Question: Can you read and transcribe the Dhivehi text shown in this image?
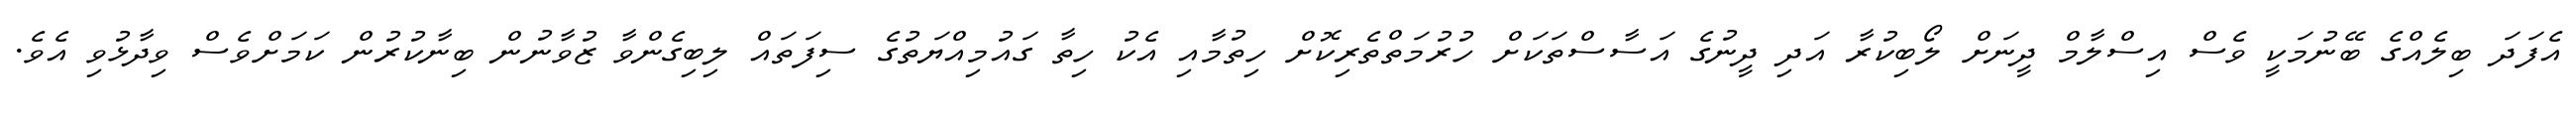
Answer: އެފަދަ ބިލެއްގެ ބޭނުމަކީ ވެސް އިސްލާމް ދީނަށް ލޯބިކުރާ އަދި ދީނުގެ އަސާސްތަކަށް ހުރުމަތްތެރިކޮށް ހިތުމާއި އެކު ހިތާ ގައުމިއްޔަތުގެ ސިފަތައް ލިބިގެންވާ ޒުވާނުން ބިނާކުރުން ކަމަށްވެސް ވިދާޅުވި އެވެ.